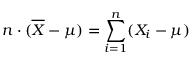
n \cdot ( { \overline { { X } } } - \mu ) = \sum _ { i = 1 } ^ { n } ( X _ { i } - \mu )